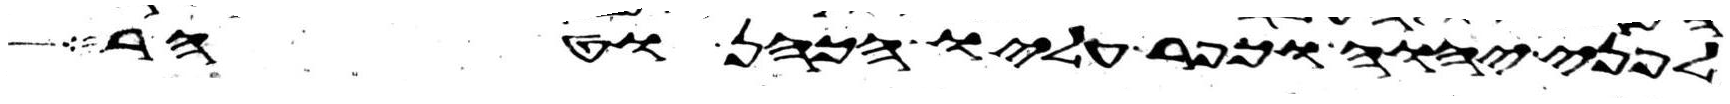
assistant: לפני יהוה וכפר עליו הכהן וטהר